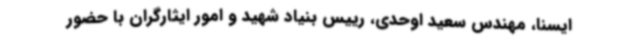
ایسنا، مهندس سعید اوحدی، رییس بنیاد شهید و امور ایثارگران با حضور